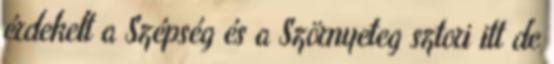
érdekelt a Szépség és a Szörnyeteg sztori itt de